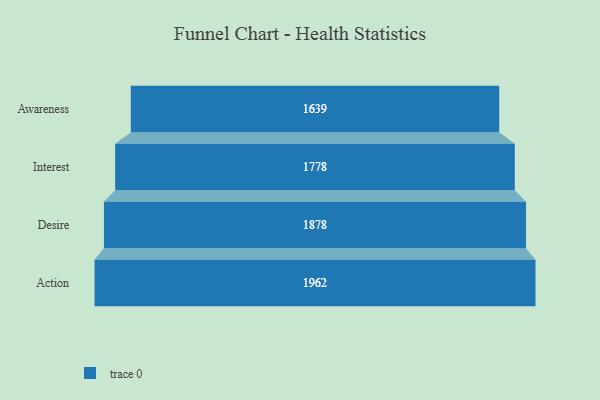
{"axis": {"x": "Stage", "y": "Value"}, "legend": [""], "data": [{"x": "Awareness", "y": 1639.0, "type": ""}, {"x": "Interest", "y": 1778.0, "type": ""}, {"x": "Desire", "y": 1878.0, "type": ""}, {"x": "Action", "y": 1962.0, "type": ""}]}